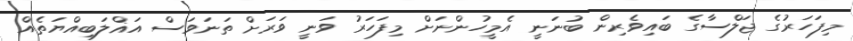
މިފަހަރުގެ ޖަލްސާގެ ބައިވެރިން ބުނަނީ އެމީހުންނަށް މިފަހަރު ވަނީ ވަރަށް ތަނަވަސް އަޣްލަބިއްޔަތެއް